Indian journal of veterinary science and animal husbandry - Volume 10,
Year: 1940
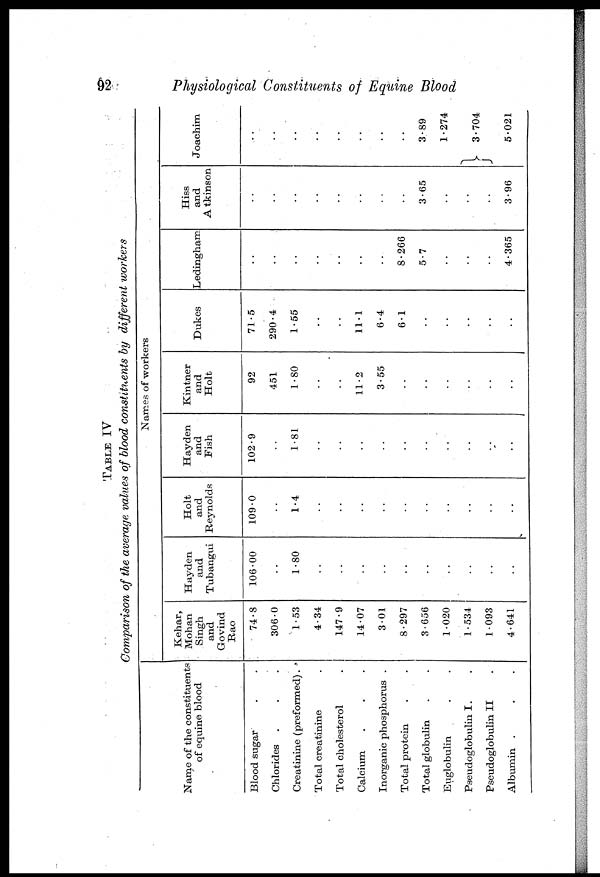
92
Physiological Constituents of Equine Blood
TABLE IV
Comparison of the average values of blood constituents by different workers
Name of the constituents
of equine blood
Blood sugar . .
Chlorides . .
Creatinine (preformed).
Total creatinine .
Total cholesterol .
Calcium . ..
Inorganic phosphorus .
Total protein . .
Total globulin . .
Euglobulin . .
Pseudoglobulin I. .
Pseudoglobulin II .
Albumin . . .
Names of workers
Kehar,
Mohan
Singh
and
Govind
Rao
74.8
306.0
1.53
4.34
147.9
14.07
3.01
8.297
3.656
1.020
1.534
1.093
4.641
Hayden
and
Tubangui
106.00
. .
1.80
. .
. .
. .
. .
. .
. .
. .
. .
. .
. .
Holt
and
Reynolds
109.0
. .
1.4
. .
. .
. .
. .
. .
. .
. .
. .
. .
. .
Hayden
and
Fish
102.9
. .
1.81
. .
. .
. .
. .
. .
. .
. .
. .
. .
. .
Kintner
and
Holt
92
451
1.80
. .
. .
11.2
3.55
. .
. .
. .
. .
. .
. .
Dukes
71.5
290.4
1.55
. .
. .
11.1
6.4
6.1
. .
. .
.
. .
. .
Ledingham
. .
. .
. .
. .
. .
. .
. .
8.266
5.7
. .
. .
. .
4.365
Hiss
and
A tkinson
. .
. .
. .
. .
. .
. .
. .
. .
3.65
. .
. .
. .
3.96
Joachim
. .
. .
. .
. .
. .
. .
. .
. .
3.89
1.274
}3.704
5.021